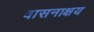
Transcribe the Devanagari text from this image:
वासनाक्षय